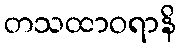
တသထာဝရာနိ